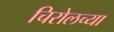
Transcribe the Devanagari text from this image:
चिरोलच्या